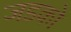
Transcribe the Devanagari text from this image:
जडको